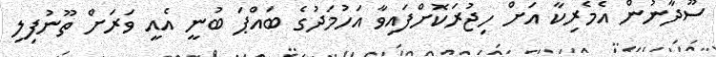
ސޫދާނުން އެމެރިކާ އަށް ހިޖުރަކޮށްފައިވާ އަހުމަދުގެ ބައްޕަ ބުނީ އެއީ ވަރަށް ތޫނުފިލި